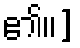
၏။]